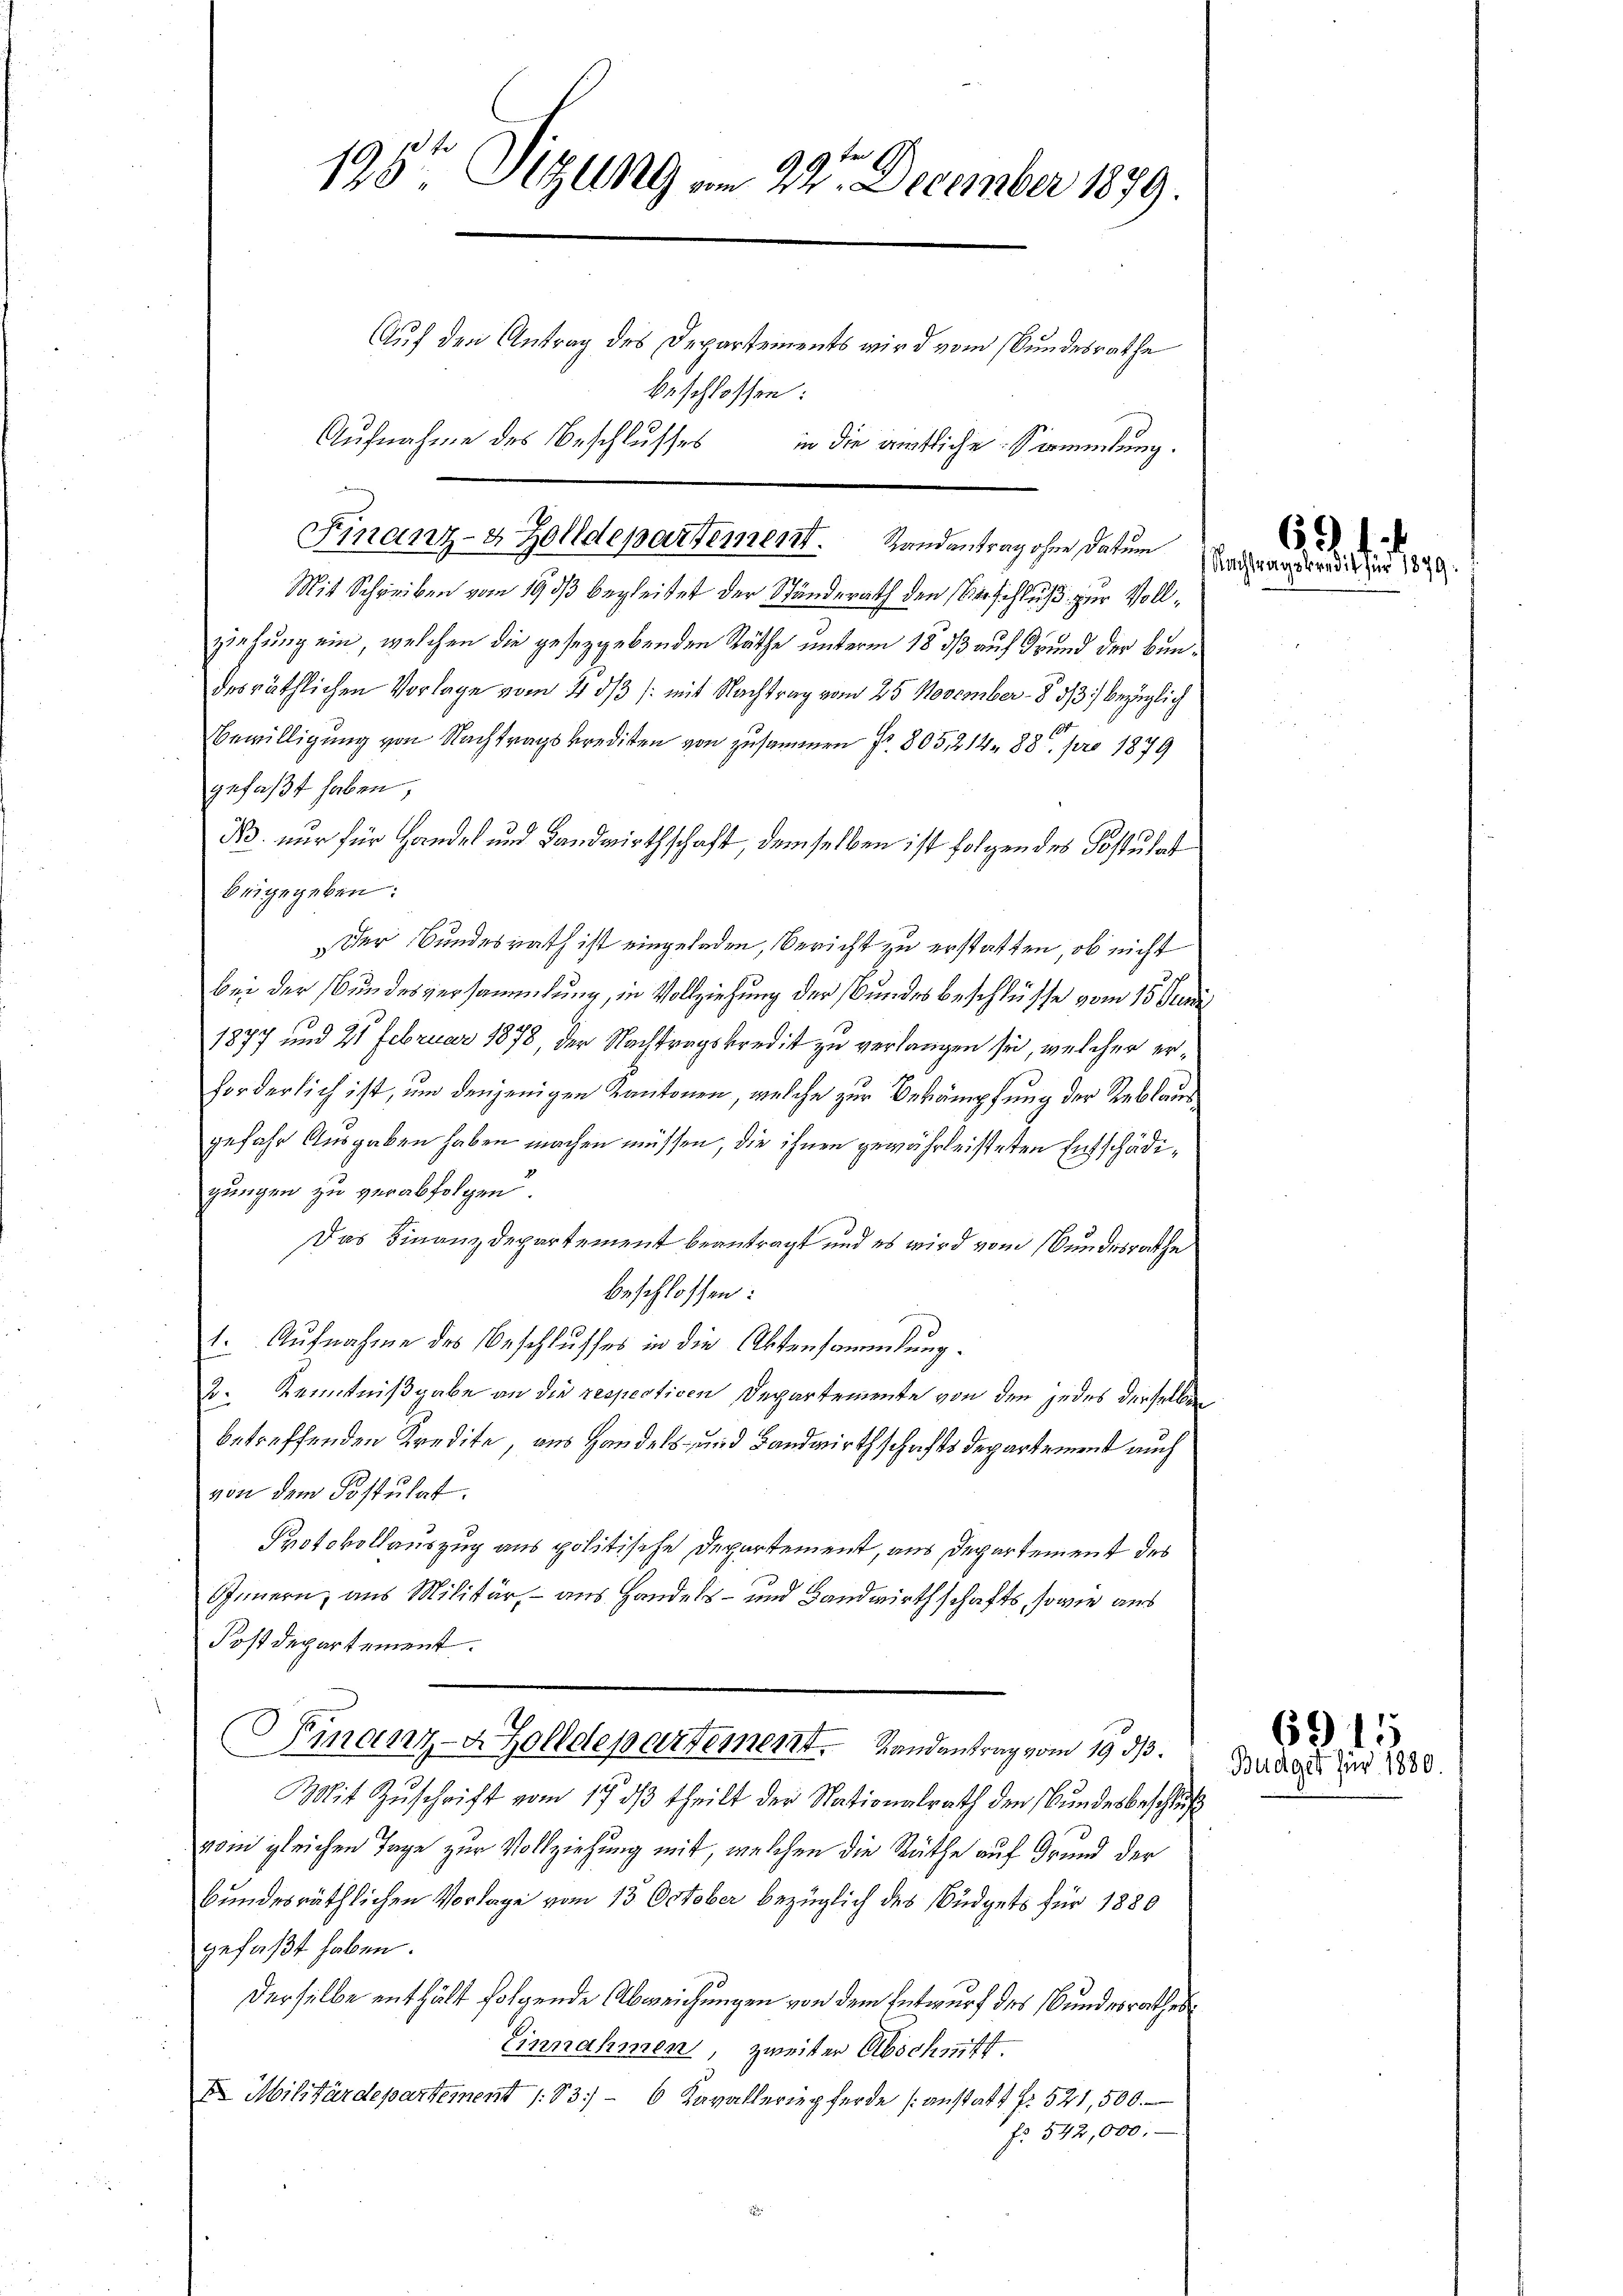
e
19,5te Sitzung vom 22. December 1879.
Auf den Antrag des Departements wird vom Bundesrathe
beschlossen:
Aufnahme des Beschlusses in die amtliche Sammlung.

Mit Schreiben vom 19. ds begleitet der Ständerath den Beschluß zur Vollziehung ein, welchen die gesetzgebenden Räthe unterm 18 dß auf Grund der Bundesräthlichen Vorlage vom 4. dβ /: mit Nachtrag vom 25. November - 8 1/3. bezüglich
1
Bewilligung von Nachtragskrediten von zusammen fr. 805, 212 88. pro 1879
gefaßt haben,
N. nur für Handel und Landwirthschaft, demselben ist folgendes Postulat
beigegeben:
Der Bundesrath ist eingeladen, Bericht zu erstatten, ob nicht
bei der Bundesversammlung, in Vollziehung der Bundesbeschlüsse vom 15. Juni
1877 und 21 Februar 1878, der Nachtragskredit zu verlangen sei, welcher erforderlich ist, um denjenigen Kantonen, welche zur Bekämpfung der Reblaus
gefahr Ausgaben haben machen müssen, die ihnen gewährleisteten Entschädigungen zu verabfolgen.
Das Finanzdepartement beantragt und es wird vom Bundesrathe
beschlossen:
1. Aufnahme des Beschlusses in die Aktensammlung.
2. Kenntnißgabe an die respectiven Departemente von den jedes derselben
betreffenden Kredite, aus Handels- und Landwirthschaftsdepartement auch
von dem Postulat.
Protokollauszug aus politische Departement, aus Departement des
Innern, aus Militär, – aus Handels- und Landwirthschafts, sowie aus
Postdepartement.
Finanz-A Zolldepartement. Landantrag vom 19. d.
Mit Zŭschrift vom 17. dβ theilt der Nationalrath den Bŭndesbeschluß
vom gleichen Tage zur Vollziehung mit, welchen die Räthe auf Grund der
bundesräthlichen Vorlage vom 13. October bezüglich des Büdgets für 1880
gefaßt haben.
derselbe enthält folgende Abweichungen von dem Entwurf des Bundesrathes
Einnahmen, zweiter Abschnitt.
E. Militärdepartement 183) - 6 Kavalleriepferde anstatt fr. 521,500.
No 542,000.

Finanz- & Zolldepartement. Randantrag ohne Datum

694.
Nachtragskredit für 1871

6915
Budget für 1880.